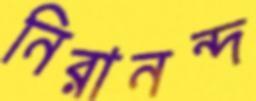
নিরানন্দ